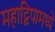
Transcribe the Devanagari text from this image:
महाद्विपामध्ये